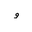
Letter: _waw